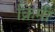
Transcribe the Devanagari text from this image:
क्रिमी